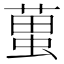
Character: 𧍣